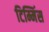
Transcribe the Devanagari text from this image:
टिम्मिंस